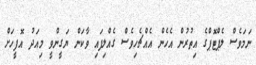
ނަމަވެސް ލެޕްޓޮޕްގެ އިތުރުން އެހެން އެއްޗެހިވެސް ގެއްލިފައި ވާކަން ޔަގީންވީ މިއަދު އޮފީހަށް